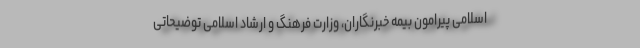
اسلامی پیرامون بیمه خبرنگاران، وزارت فرهنگ و ارشاد اسلامی توضیحاتی